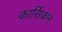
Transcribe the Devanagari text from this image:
कार्सिकन